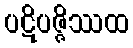
ပဋိပဇ္ဇိဿထ